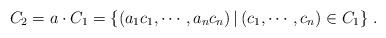
LaTeX: \begin{align*} C_{2}=a\cdot C_{1}=\{(a_{1}c_{1},\cdots,a_{n}c_{n})\,|\,(c_{1},\cdots,c_{n})\in C_{1}\}\ .\end{align*}